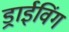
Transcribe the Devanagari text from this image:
ड्राईविंग